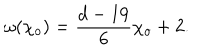
\omega ( { \chi _ { o } } ) = { \frac { d - 1 9 } { 6 } } { \chi _ { o } } + 2 .